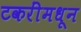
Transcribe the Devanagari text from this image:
टकरींमधून